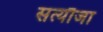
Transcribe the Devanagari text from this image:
सत्यौजा